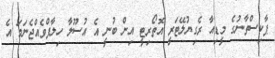
ޕާކިސްތާނުގެ މީޑިއާ ރެގިޔުލޭޓަރީ އޮތޯރިޓީ އިން ބުނީ އެ އުސޫލާ ހިލާފްވެއްޖެނަމަ އެ